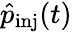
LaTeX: \hat{p}_{\mathrm{inj}}(t)